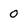
Character: 0